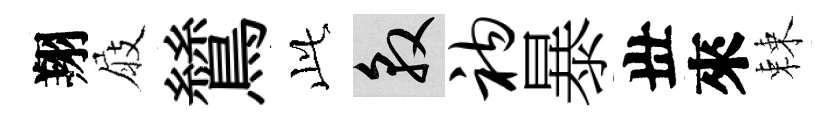
翔屐鷥𬼘敦衲暴丗來棘